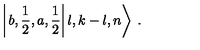
\left| \left. b , \frac { 1 } { 2 } , a , \frac { 1 } { 2 } \right| l , k - l , n \right\rangle \: .